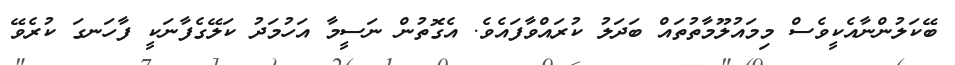
ބޭކަލުންނާއެކީވެސް މިމައުލޫމާތުތައް ބަދަލު ކުރައްވާފައެވެ. އެގޮތުން ނަސީމާ އަހުމަދު ކަލޭގެފާނަކީ ފާހަނގަ ކުރެވޭ